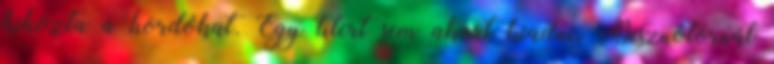
kihozta a hordókat. Egy litert sem akart kiadni. Disznótornál